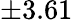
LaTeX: \pm 3.61